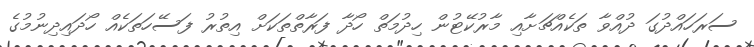
ސަރަހައްދުގަ ދުއްވާ ތަކެއްޗަށާއި މާރުކޭޓުން ހިދުމަތް ހޯދާ ފަރާތްތަކަށް އިތުރު ފަސޭހަތަކެއް ހޯދައިދިނުމުގެ